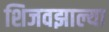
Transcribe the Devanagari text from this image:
शिजवझाल्या